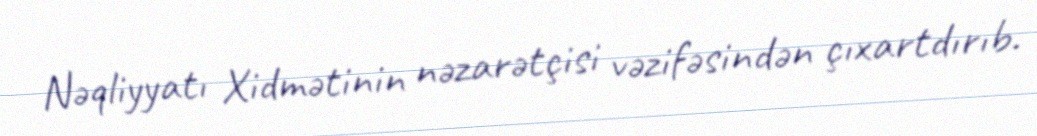
Nəqliyyatı Xidmətinin nəzarətçisi vəzifəsindən çıxartdırıb.